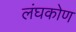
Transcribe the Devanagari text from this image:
लंघकोण